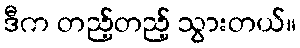
ဒီက တည့်တည့် သွားတယ်။